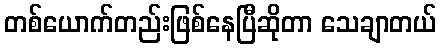
တစ်ယောက်တည်းဖြစ်နေပြီဆိုတာ သေချာတယ်